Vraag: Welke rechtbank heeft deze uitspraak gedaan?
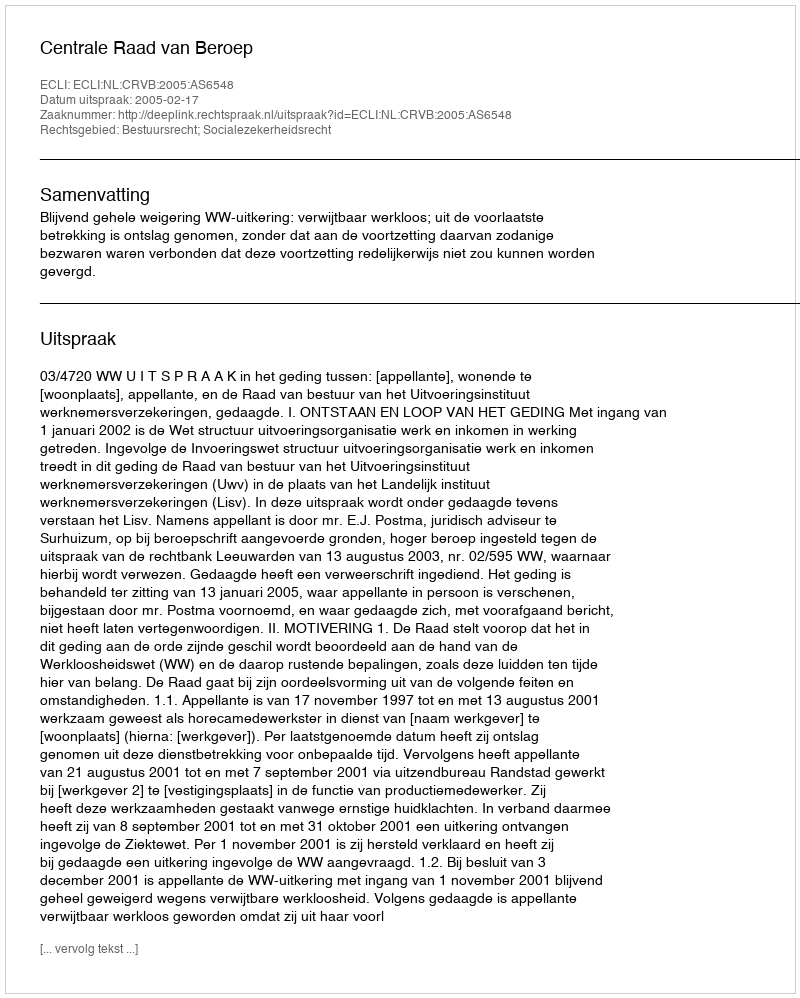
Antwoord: Centrale Raad van Beroep